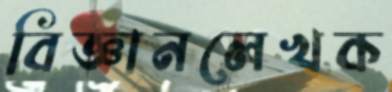
বিজ্ঞানলেখক